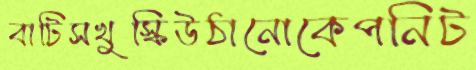
বাটিসখুস্কিউঠানোকেপনিট